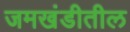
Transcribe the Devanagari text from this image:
जमखंडीतील